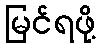
မြင်ရဖို့